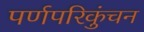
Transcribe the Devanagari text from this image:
पर्णपरिकुंचन